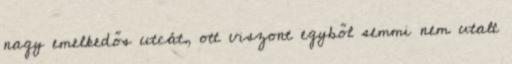
nagy emelkedős utcát, ott viszont egyből semmi nem utalt